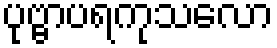
ပုဗ္ဗာပရကုသလော